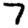
Digit: 7